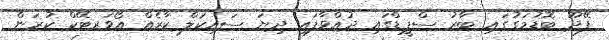
ފޭދޫ ބޮޑުމަގުގައި ބާރު ސްޕީޑްގައި ދުއްވާފައި ދިޔަ ސައިކަލް ކާރެއް އޯވަރޓޭކް ކުރަން